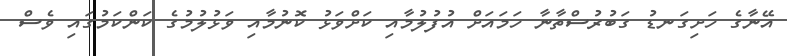
އޭނާގެ ހަށިގަނޑު ގަބުރުސްތާނާ ހަމައަށް އުފުލުމާއި ކަށްވަޅު ކޮނުމާއި ވަޅުލުމުގެ ކަންކަމުގައި ވެސް